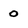
Character: 0